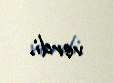
verdi.